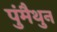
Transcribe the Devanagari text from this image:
पुंमैथुन